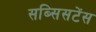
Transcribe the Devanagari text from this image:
सब्सिसटेंस